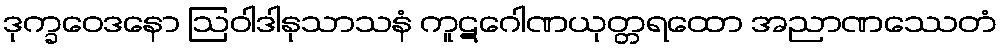
ဒုက္ခဝေဒနော ဩဝါဒါနုသာသနံ ကူဋဂေါဏယုတ္တရထော အညာဏဿေတံ